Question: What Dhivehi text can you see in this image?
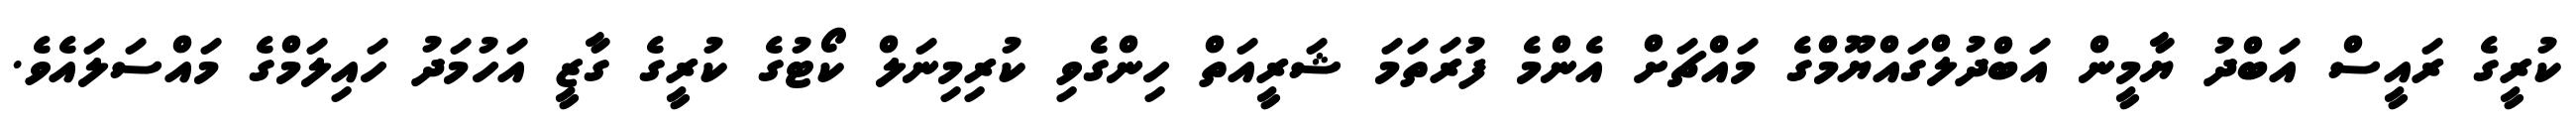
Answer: ކުރީގެ ރައީސް އަބްދު ޔާމީން އަބްދުލްގައްޔޫމްގެ މައްޗަށް އެންމެ ފުރަތަމަ ޝަރީއަތް ހިންގެވި ކުރިމިނަލް ކޯޓުގެ ކުރީގެ ގާޒީ އަހުމަދު ހައިލަމްގެ މައްސަލައެވެ.